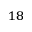
^ { 1 8 }